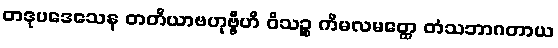
တဒုပဒေသေန တတိယာဗဟုဗ္ဗီဟိ ဝိသဉ္စ ကိမလမတ္ထေ တံသဘာဂတာယ